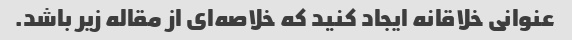
عنوانی خلاقانه ایجاد کنید که خلاصه‌ای از مقاله زیر باشد.